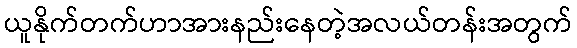
ယူနိုက်တက်ဟာအားနည်းနေတဲ့အလယ်တန်းအတွက်